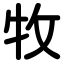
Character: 牧